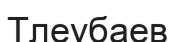
Тлеубаев